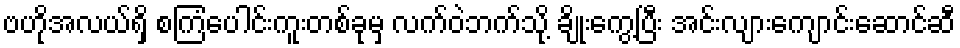
ဗဟိုအလယ်ရှိ စကြံပေါင်းကူးတစ်ခုမှ လက်ဝဲဘက်သို့ ချိုးကွေ့ပြီး အင်းလျားကျောင်းဆောင်ဆီ